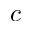
c